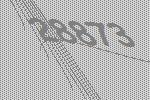
28873